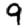
Digit: 9